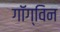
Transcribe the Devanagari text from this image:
गॉग्विन